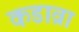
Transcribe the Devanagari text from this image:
कडाव्रा